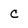
Character: C